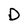
Character: D